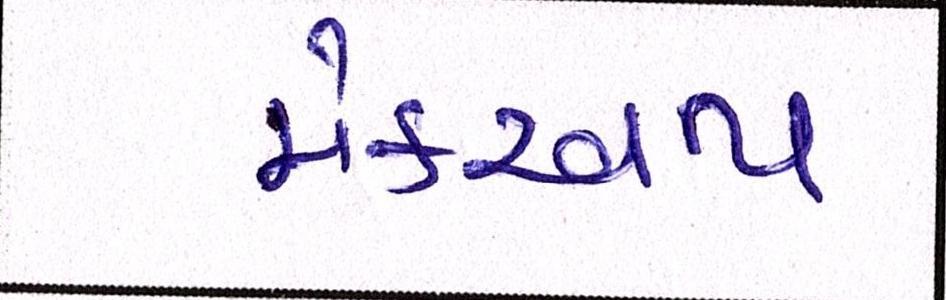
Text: મેકઅપ